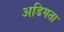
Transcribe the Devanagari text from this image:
अडिगता